Scottish Leaving Certificate Examination, 1951
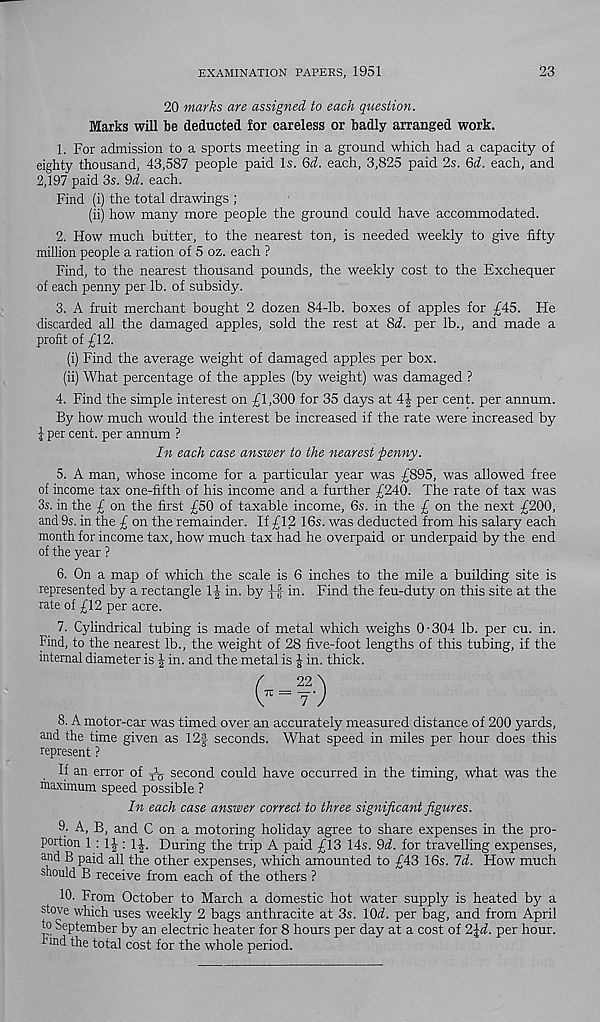
EXAMINATION PAPERS, 1951
23
20 marks are assigned to each question.
Marks will be deducted for careless or badly arranged work.
1. For admission to a sports meeting in a ground which had a capacity of
eighty thousand, 43,587 people paid Is. Qd. each, 3,825 paid 2s. Qd. each, and
2,197 paid 3s. Qd. each.
Find (i) the total drawings ;
(ii) how many more people the ground could have accommodated.
2. How much butter, to the nearest ton, is needed weekly to give fifty
million people a ration of 5 oz. each ?
Find, to the nearest thousand pounds, the weekly cost to the Exchequer
of each penny per lb. of subsidy.
3. A fruit merchant bought 2 dozen 84-lb. boxes of apples for £45. He
■ discarded all the damaged apples, sold the rest at 8d. per lb., and made a
profit of £12.
(i) Find the average weight of damaged apples per box.
(ii) What percentage of the apples (by weight) was damaged ?
4. Find the simple interest on £1,300 for 35 days at
per cent, per annum.
By how much would the interest be increased if the rate were increased by
l per cent, per annum ?
In each case answer to the nearest penny.
5. A man, whose income for a particular year was £895, was allowed free
of income tax one-fifth of his income and a further £240. The rate of tax was
3s. in the £ on the first £50 of taxable income, 6s. in the £ on the next £200,
and 9s. in the £ on the remainder. If £12 16s. was deducted from his salary each
month for income tax, how much tax had he overpaid or underpaid by the end
of the year ?
6. On a map of which the scale is 6 inches to the mile a building site is
represented by a rectangle IJ in. by jf in. Find the feu-duty on this site at the
rate of £12 per acre.
7. Cylindrical tubing is made of metal which weighs 0-304 lb. per cu. in.
Find, to the nearest lb., the weight of 28 five-foot lengths of this tubing, if the
internal diameter is \ in. and the metal is £ in. thick.
G = f)
8. A motor-car was timed over an accurately measured distance of 200 yards,
and the time given as 12f seconds. What speed in miles per hour does this
represent ?
If an error of ^ second could have occurred in the timing, what was the
fiiaximum speed possible ?
In each case answer correct to three significant figures.
9- A, B, and C on a motoring holiday agree to share expenses in the pro-
portion 1 : 1J : 1-|. During the trip A paid £13 14s. Qd. for travelling expenses,
and B paid all the other expenses, which amounted to £43 16s. Id. How much
should B receive from each of the others ?
10. From October to March a domestic hot water supply is heated by a
stove which uses weekly 2 bags anthracite at 3s. 1(W. per bag, and from April
to September by an electric heater for 8 hours per day at a cost of 2\d. per hour,
hind the total cost for the whole period.